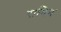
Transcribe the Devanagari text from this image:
रामिन